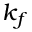
k _ { f }